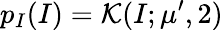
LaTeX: p_{I}(I)=\mathcal{K}(I;\mu^{\prime},2)